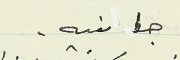
جانبيه .